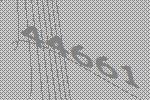
44661